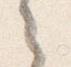
之